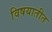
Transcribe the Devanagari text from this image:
विषयातीत